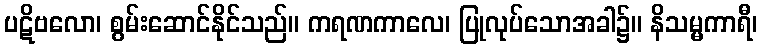
ပဋိဗလော၊ စွမ်းဆောင်နိုင်သည်။ ကရဏကာလေ၊ ပြုလုပ်သောအခါ၌။ နိသမ္မကာရီ၊